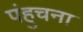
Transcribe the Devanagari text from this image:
पंहुचना